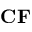
\mathbf { C F }